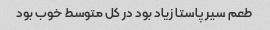
طعم سیر پاستا زیاد بود در کل متوسط خوب بود